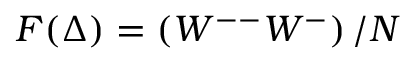
F ( \Delta ) = \left( W ^ { -- } W ^ { - } \right) / N